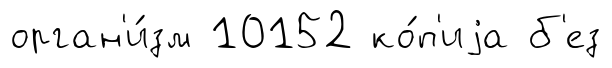
орган'и́зм 10152 ко́п'иjа б'ез